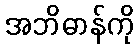
အဘိဓာန်ကို